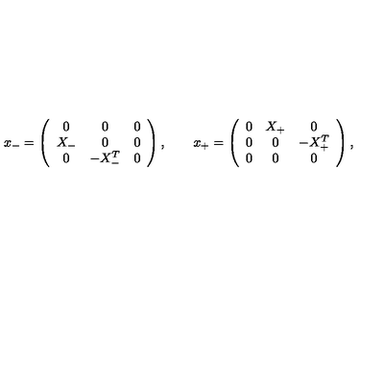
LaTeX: x _ { - } = \left( \begin{array} { c c c } { 0 } & { 0 } & { 0 } \\ { X _ { - } } & { 0 } & { 0 } \\ { 0 } & { - X _ { - } ^ { T } } & { 0 } \\ \end{array} \right) , \qquad x _ { + } = \left( \begin{array} { c c c } { 0 } & { X _ { + } } & { 0 } \\ { 0 } & { 0 } & { - X _ { + } ^ { T } } \\ { 0 } & { 0 } & { 0 } \\ \end{array} \right) ,